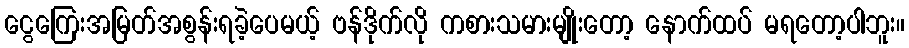
ငွေကြေးအမြတ်အစွန်းရခဲ့ပေမယ့် ဗန်ဒိုက်လို ကစားသမားမျိုးတော့ နောက်ထပ် မရတော့ပါဘူး။